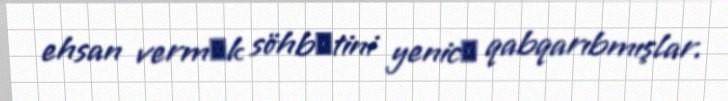
ehsan vermәk söhbәtini yenicә qabqarıbmışlar.